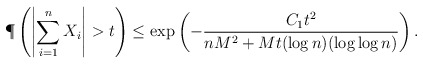
\begin{align*} \P\left( \left| \sum_{i=1}^n X_i \right| > t \right) &\leq \exp\left( -\frac{C_1 t^2}{n M^2 + Mt (\log n)(\log\log n)} \right). \end{align*}